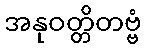
အနုဝတ္တိတဗ္ဗံ